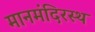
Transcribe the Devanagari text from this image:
मानमंदिरस्थ